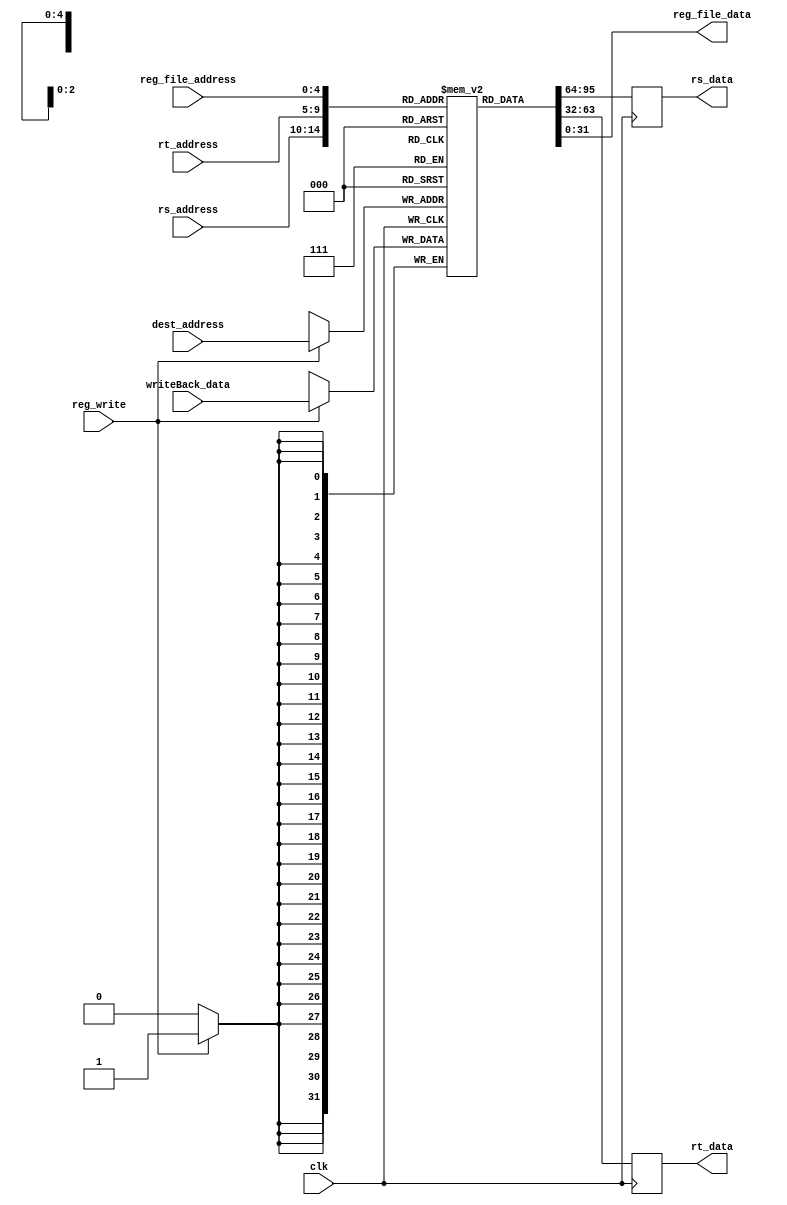
module regFile(rs_address,rt_address,dest_address,writeBack_data,reg_write,clk,rs_data,rt_data,reg_file_address,reg_file_data); // 6 i/p , 2 o/p

input [4:0] rs_address,rt_address,reg_file_address; //address '5 bits 
input [4:0] dest_address;
input[31:0] writeBack_data; // data to be saved '32 bits
input reg_write;
input clk;

output reg [31:0] rs_data,rt_data,reg_file_data; //output data from rs_address,rt_address '32 bits

reg [31:0] index[0:31]; // first is number of reg size , second is number of regs




always @(negedge clk)
begin
if(reg_write)
index[dest_address] <= writeBack_data;


rs_data <= index[rs_address];
rt_data <= index[rt_address];
end
integer i;
integer line=0;

always@(reg_file_address)
begin
reg_file_data<=index[reg_file_address];
end

initial
begin
for (i = 0 ; i < 32 ; i = i+1)

index[i] <= 0;
end
endmodule 
//////////////////////////////////////////////////////////////////////////////////////////////////////////////////////////reg_file end


module ForwardUnit(ID_EX_RS,ID_EX_RT,
                   EX_MEM_RD,MEM_WB_RD,
                   ForwardA,ForwardB,
                   MEM_RegWrite,
                   WB_RegWrite
                   );

input wire [4:0] ID_EX_RS,ID_EX_RT,EX_MEM_RD,MEM_WB_RD;
input wire MEM_RegWrite,WB_RegWrite;
output reg [1:0] ForwardA,ForwardB;

always @*
begin

if((MEM_RegWrite==1)&&
   (EX_MEM_RD!=0)&&
   (EX_MEM_RD == ID_EX_RS))
   ForwardA <= 10;

else
begin
ForwardA <= 0;
end

if((MEM_RegWrite == 1)&&
   (EX_MEM_RD != 0)&&
   (EX_MEM_RD == ID_EX_RT))
     ForwardB <= 10;

else
begin
ForwardB <= 0;
end

///////////////////////////////////////////////////////////////
 //MemForwardUnit

 if((WB_RegWrite == 1)&&
   (MEM_WB_RD != 0)&&
   (EX_MEM_RD!= ID_EX_RS)&&
   (MEM_WB_RD == ID_EX_RS))
 ForwardA <= 01;
else
begin
ForwardA <= 0;
end


 if((WB_RegWrite == 1)&&
   (MEM_WB_RD != 0)&&
   (EX_MEM_RD != ID_EX_RT)&&
   (MEM_WB_RD == ID_EX_RT))
 ForwardB <= 01;
else
begin
ForwardB <= 0;
end
end
endmodule
//////////////////////////////////////////////////////////////////forwading unit end


module testbench;

wire [31:0]pc_output,ALU_Result,Mem_out,Instr_32;

wire [31:0] reg_file_data;
reg [4:0] reg_file_address;

reg [31:0] read_address , write_address ;//address '32 bits 
reg [7:0] write_data;
reg We , clk;
wire [31:0] read_data;

reg [7:0] index[0:256];

always
#100 clk = ~ clk;


integer i,j,line;
integer file;
reg pc_enable=0;



initial
begin


clk=0;
We=1;
#5
We=0;
#900000
file=$fopen("show.txt");

for(line=16;line<24;line=line+1)

begin
#1
reg_file_address=line;
#5
$fdisplay(file,"%d",reg_file_data);

end



end
 processor MIPS(write_data,write_address,We,pc_output,ALU_Result,Mem_out,pc_enable,clk,reg_file_address,reg_file_data);//module processor(write_data,write_address,We,pc_output,ALU_Result,Mem_out,clk);
endmodule

/////////////////////////////////////////////////////////////////////////////////////////////////test_bench end


module dataMem(R1,D1,We,Re,clk,O1); // 5 i/p , 1 o/p

input [31:0] R1; //address '32 bits 
input[31:0] D1; // data to be saved '32 bits
input We,Re;
input clk;

output reg [31:0] O1; //output data from R1 '32 bits

reg [7:0] index[0:255]; // first is number of mem size , second is number of memvalues


always @*
begin

if(Re)
begin
O1 <= { index[R1] , index[R1+1], index[R1+2] ,index[R1+3] };
end


else if(We)
begin
index[R1]   <= D1[31:24];
index[R1+1] <= D1[23:16];
index[R1+2] <= D1[15:8];
index[R1+3] <= D1[7:0];
end

end

integer i;
initial
begin
for (i = 0 ; i < 256 ; i = i+1)
#5
index[i] = 0;
end


endmodule 

/////////////////////////////////////////////////////////////////////////////////////////////////data memory end



module processor(write_data,write_address,We,pc_output,ALU_Result,Mem_out,pc_enable,clk,reg_file_address,reg_file_data);


//i/ps o/ps 
input clk,We,pc_enable; 
input [31:0] write_address ;
input [7:0] write_data;



input [4:0] reg_file_address;//++++++++++++++
//Wire Declarations

//pc
wire [31:0] pc_input;        
output wire [31:0] pc_output,reg_file_data;//++++++++++++++++++++++++++++++++++++++++++++++++++++
wire [31:0] pc_plus_4;


//pipelined regs
wire [31:0] Instr_32,ID_Instr_32 ;
wire [5:0] opcode = ID_Instr_32[31:26];
wire [4:0] IP_ID_EX_RS = ID_Instr_32[25:21];
wire [4:0] IP_ID_EX_RT = ID_Instr_32[20:16] ;
wire [4:0] IP_ID_EX_RD = ID_Instr_32[15:11] ;
wire [4:0] ID_shamt = ID_Instr_32[10:6]; 
wire [5:0] funct=ID_Instr_32[5:0] ; 
wire [15:0] immediate_value = ID_Instr_32[15:0] ;
wire [25:0] jump_pseudo = ID_Instr_32[25:0];
wire [31:0] ID_pc;
wire [31:0] EX_pc;
wire [31:0] MEM_pc;
wire [31:0] WB_pc;
wire [31:0] EX_sign_extended;
wire [31:0] MEM_ALU_Result;
wire [31:0] MEM_branch_address;
wire [4:0] EX_shamt;
wire [3:0] ID_AluOp ,MEM_AluOp,WB_AluOp;  
wire [3:0] EX_ALU_Control;
wire [4:0] ID_EX_RS, ID_EX_RT, ID_EX_RD, EX_MEM_WB_address, MEM_WB_address; 
wire [31:0] ID_EX_Data1, ID_EX_Data2 , MEM_RTData, WB_ALU_Result , WB_Mem_out;
wire [31:0] forwardA_out , forwardB_out;

//forwarding 
wire [1:0] ForwardA;
wire [1:0] ForwardB;


//Control Unit
wire RegDest;
wire ALUSrc;
wire MemtoReg;
wire RegWrite; 
wire MemRead;
wire MemWrite;
wire jcond;
wire bcond;
wire [3:0] ALU_Control;



//Register
wire [31:0] read_data1;//rsData
wire [31:0] read_data2;//rtData
wire [4:0]  write_back_address;
wire [31:0] write_back_data;




//ALU
wire [31:0]sign_extended;
output wire [31:0] ALU_Result;///////*******************************************************
wire [31:0] ALU_2operand;
wire zeroflag;
wire overflow;


//MEM
output wire [31:0] Mem_out;//*******************************************
wire [31:0] next_address;
wire [31:0] branch_address;
wire [31:0] offset;


//jump
wire [1:0] two_zeros =  0;
wire [31:0]jump_address = { ID_pc [31:28] , jump_pseudo   , two_zeros };
wire  [31:0]actual_jump_address;
adder control_hazard (jump_address,20,actual_jump_address);



//IF -----------------------------------


pc pc1(clk,We,pc_enable,pc_input,pc_output); 
InstMem inst1(pc_output,write_address,write_data,We,clk, Instr_32);
adder adder1(pc_output,4, pc_plus_4);
mux_2x1_32 mux4(pc_plus_4,MEM_branch_address,takebranch,next_address);
mux_2x1_32 mux5(next_address,actual_jump_address,jcond,pc_input); 

IF_ID IF_ID1(.input_pc(pc_plus_4),.input_Inst(Instr_32),
             .output_pc(ID_pc),.output_Inst(ID_Instr_32),
             .clk(clk));


//ID --------------------------------------

control_unit cu1(opcode,funct,RegDest,ALUSrc,MemtoReg,RegWrite,MemRead,MemWrite,ALU_Control,jcond,bcond);
regFile Reg1(IP_ID_EX_RS,IP_ID_EX_RT ,MEM_WB_address,write_back_data,WB_RegWrite,clk,read_data1,read_data2,reg_file_address,reg_file_data);//++++++++
signext signex1(immediate_value,sign_extended);

ID_EX ID_EX1  (.clk(clk),
               .input_pc(ID_pc),.output_pc(EX_pc),
               .input_RSData(read_data1),.output_RSData(ID_EX_Data1),
               .input_RTData(read_data2),.output_RTData(ID_EX_Data2),
               .input_RSAddress(IP_ID_EX_RS),.output_RSAddress(ID_EX_RS),
               .input_RTAddress(IP_ID_EX_RT),.output_RTAddress(ID_EX_RT),
               .input_RDAddress(IP_ID_EX_RD),.output_RDAddress(ID_EX_RD),
               .input_SignExtended(sign_extended),.output_SignExtended(EX_sign_extended),
               .input_sh_amount(ID_shamt),.output_sh_amount(EX_shamt),
               .input_RegDst(RegDest),.output_RegDst(EX_RegDst),
               .input_Jump(jcond),.output_Jump(EX_Jump),
               .input_Branch(bcond),.output_Branch(EX_Branch),
               .input_MemRead(MemRead),.output_MemRead(EX_MemRead),
               .input_MemToReg(MemtoReg),.output_MemToReg(EX_MemToReg),
               .input_AluOp(ALU_Control),.output_AluOp(EX_ALU_Control),
               .input_MemWrite(MemWrite),.output_MemWrite(EX_MemWrite),
               .input_AluSrc(ALUSrc),.output_AluSrc(EX_AluSrc),
               .input_RegWrite(RegWrite),.output_RegWrite(EX_RegWrite)
	       );

//EXE


mux_3x1_32  rs_forward(ID_EX_Data1,write_back_data,MEM_ALU_Result,ForwardA,forwardA_out);
mux_3x1_32  second_operand_forward(ID_EX_Data2,write_back_data,MEM_ALU_Result,ForwardB,forwardB_out);
mux_2x1_32 mux2(forwardB_out,EX_sign_extended,EX_AluSrc,ALU_2operand);
ALU alu1(forwardA_out,ALU_2operand,EX_ALU_Control,EX_shamt,zeroflag,overflow,ALU_Result);
adder adder2 (offset,EX_pc, branch_address);
sh_by2 shift1(EX_sign_extended,offset);
mux_2x1_5 mux1(ID_EX_RT , ID_EX_RD ,EX_RegDst,write_back_address);



EX_MEM EX_MEM1(.clk(clk),
               .input_readData2(ID_EX_Data2),.output_readData2(MEM_RTData),
               .input_zeroflag(zeroflag),.output_zeroflag(MEM_zeroflag),
               .input_pc(EX_pc),.output_pc(MEM_pc),
               .input_RDAddress(write_back_address),.output_RDAddress(EX_MEM_WB_address),
               .input_RegDst(EX_RegDst),.output_RegDst(MEM_RegDst),
               .input_Jump(EX_Jump),.output_Jump(MEM_Jump),
               .input_Branch(EX_Branch),.output_Branch(MEM_Branch),
               .input_MemRead(EX_MemRead),.output_MemRead(MEM_MemRead),
               .input_MemToReg(EX_MemToReg),.output_MemToReg(MEM_MemToReg),
               .input_AluOp(EX_ALU_Control),.output_AluOp(MEM_AluOp),
               .input_MemWrite(EX_MemWrite),.output_MemWrite(MEM_MemWrite),
               .input_AluSrc(EX_AluSrc),.output_AluSrc(MEM_AluSrc),
               .input_RegWrite(EX_RegWrite),.output_RegWrite(MEM_RegWrite),
               .input_Alu_Result(ALU_Result),.output_Alu_Result(MEM_ALU_Result),
               .input_BranchAddress(branch_address),.output_BranchAddress(MEM_branch_address)
	       );



//MEM
dataMem datamem1(MEM_ALU_Result,MEM_RTData,MEM_MemWrite,MEM_MemRead,clk,Mem_out);
and and1(eq_branch,MEM_zeroflag,WB_Branch);
and and2(neq_branch,!MEM_zeroflag,WB_Branch);
or or1(takebranch,eq_branch,neq_branch);



MEM_WB MEM_WB1 (.clk(clk),
               .input_pc(WB_pc),.output_pc(WB_pc),
               .input_RDAddress(EX_MEM_WB_address),.output_RDAddress(MEM_WB_address),
               .input_RegDst(MEM_RegDst),.output_RegDst(WB_RegDst),
               .input_Jump(MEM_Jump),.output_Jump(WB_Jump),
               .input_Branch(MEM_Branch),.output_Branch(WB_Branch),
               .input_MemRead(MEM_MemRead),.output_MemRead(WB_MemRead),
               .input_MemToReg(MEM_MemToReg),.output_MemToReg(WB_MemToReg),
               .input_AluOp(MEM_AluOp),.output_AluOp(WB_AluOp),
               .input_MemWrite(MEM_MemWrite),.output_MemWrite(WB_MemWrite),
               .input_AluSrc(MEM_AluSrc),.output_AluSrc(WB_AluSrc),
               .input_RegWrite(MEM_RegWrite),.output_RegWrite(WB_RegWrite),
               .input_Alu_Result(MEM_ALU_Result),.output_Alu_Result(WB_ALU_Result),
               .input_MemOut(Mem_out),.output_MemOut(WB_Mem_out)
               );


//WB
mux_2x1_32 mux3(WB_ALU_Result,WB_Mem_out,WB_MemToReg,write_back_data);





ForwardUnit FU    (.ID_EX_RS(ID_EX_RS),.ID_EX_RT(ID_EX_RT),
                   .EX_MEM_RD(EX_MEM_WB_address),.MEM_WB_RD(MEM_WB_address),
                   .ForwardA(ForwardA),.ForwardB(ForwardB),
                   .MEM_RegWrite(MEM_RegWrite),
                   .WB_RegWrite(WB_RegWrite)
                   );
endmodule
// <</////////////////// Processor ///////////////////////////


module control_unit(opcode,funct,RegDest,ALUSrc,MemtoReg,RegWrite,MemRead,MemWrite,ALU_Control,jcond,bcond);
input [5:0] opcode;       //Instr[31:26]
input [5:0] funct;        //Defines operation when Instructyion in R type
output bcond;              //1 when opcode is BEQ and BNE
output jcond;             //1 when jump
output RegDest;           //Write Destination register location
                          //RegDest = 1 -> R-type - Instr[15:11]
                          //RegDest = 0 -> I-type - Instr[21:16]
output ALUSrc;      
output [3:0] ALU_Control; //Defines the ALU operation 
output MemtoReg;          //Steer ALU(0)/Load memory(1) output to GPR write port
output RegWrite;          //GPR wite Disabled(0)/Enabled(1)
output MemRead;           //Read from Data memory(LW/LB=1)
output MemWrite;          //Write to Data memory(SW/SB=1)

`define ADD  6'b100000
`define AND  6'b100100 
`define Rf   6'b000000
`define OR   6'b100101 
`define SLL  6'b000000
`define SLT  6'b101010
`define SRL  6'b000010
`define SUB  6'b100010
`define ADDI 6'b001000
`define ANDI 6'b001100
`define BEQ  6'b000100
`define BNE  6'b000101
`define LW   6'b100011
`define SW   6'b101011
`define SLTI 6'b001010 
`define ORI  6'b001101
`define J    6'b000010

reg [3:0] alu_ctrl;


assign RegDest   = (opcode==6'b0);
assign ALUSrc    = (opcode!=6'b0) && (opcode!=`BEQ) && (opcode!=`BNE);
assign MemtoReg  = (opcode==`LW);
assign RegWrite  = (opcode == `Rf) || (opcode == `LW) || (opcode == `ADDI) || (opcode == `ANDI) ||(opcode == `SLTI)|| (opcode == `ORI)  ;
assign MemRead   = (opcode==`LW);
assign MemWrite  = (opcode==`SW);
assign jcond = (opcode ==`J);
assign bcond = (opcode == `BEQ) || (opcode == `BNE); 



always@ (*) begin
  casex({opcode,funct})
     {`Rf ,`ADD},{`ADDI,6'dx},
     {`LW  ,6'dx},
     {`SW  ,6'dx} : alu_ctrl = 4'd2;
    {6'd0 ,`AND},{`ANDI,6'dx} : alu_ctrl = 4'd0;
    {6'd0 ,`OR} ,{`ORI ,6'dx} : alu_ctrl = 4'd1;
    {6'd0 ,`SLL}              : alu_ctrl = 4'd3;
    {6'd0 ,`SLT},{`SLTI,6'dx} : alu_ctrl = 4'd7;
    {6'd0 ,`SRL}              : alu_ctrl = 4'd5;
    {6'd0 ,`SUB},{`BEQ ,6'dx}
     ,{`BNE ,6'dx}            : alu_ctrl = 4'd6;
    default                   : alu_ctrl = 4'd15;
  endcase
end

assign ALU_Control = alu_ctrl;

endmodule

///////////////////////////////////////////////////////////////////////////control unit end



module pc(clk,We,pc_enable,in_address,out_address);

input clk,We,pc_enable;
input[31:0]in_address;

output reg[31:0]out_address;

reg first_clock=1;

always @(negedge clk)
begin
if(first_clock)
begin
out_address <=0;
first_clock<=0;
end
else
out_address<= in_address;

end

always @(negedge We)
begin
out_address <=0;


end

endmodule


//////////////////////////////////////////////////////////////////////////////////////////////pc counter end



module InstMem(read_address,write_address,write_data,We,clk,read_data); // 5 i/p , 1 o/p
input [31:0] read_address , write_address ;//address '32 bits 

input [7:0] write_data;

input clk,We;
output reg [31:0] read_data; //output data from R1'32 bits
reg [7:0] index[0:255]; // first is number of mem size , second is number of memvalues

initial 
begin
$readmemb("output.txt" , index);
end


always @(posedge clk)
begin

//#1 ///4eeeel el delay daaaaaaaaaaaaaaaaaaa
read_data <= { index[read_address[7:0]],index[read_address[7:0]+1],index[read_address[7:0]+2],index[read_address[7:0]+3]};
$display("blaaaaaaaaaaaaaaa");

end
endmodule
////////////////////////////////////////////////////////////////////////intsruction mem end



module sh_by2(in,out);
input signed [31:0]in;
output reg[31:0]out;

always @*
begin
if(in>0)
out <= (in<<2)+16;
else
 out <= (in<<2)-4;
end
endmodule

// >>//////////////////// sign extend ////////////////////////
module signext(ip, op);

input [15:0] ip;
output [31:0] op;
reg [31:0] ext;

always @(*) begin
 ext [15:0]  = ip;
 ext [31:16] = {16{ip[15]}};
end

assign op = ext;
endmodule
// >>//////////////////// sign extend ////////////////////////



// >>//////////////////// adder //////////////////////////////
module adder (ip1, ip2, out);

//input clk, rst;
input [31:0] ip1, ip2;
output [31:0] out;

reg [31:0] add;

always @(ip1 or ip2) begin
 add <= ip1 + ip2;
end
assign out = add;

endmodule

// >>//////////////////// adder //////////////////////////////end



module mux_2x1_5(ip0, ip1, sel, out);
input sel;
input [4:0] ip1;
input [4:0] ip0;
output reg [4:0] out;

always@(*) begin
  if (sel==1'b1) begin
   out <= ip1;
  end 
  else begin 
   out <= ip0;
  end
end

endmodule


/////////////////////////////////////////////////////////////////
module mux_2x1_32(ip0, ip1, sel, out);
input sel;
input [31:0] ip1;
input [31:0] ip0;
output reg [31:0] out;

always@(*) begin
  if (sel==1'b1) begin
   out <= ip1;
  end 
  else begin 
   out <= ip0;
  end
end

endmodule



module mux_3x1_32(ip0,ip1,ip2,sel,out);

input [1:0]  sel;
input [31:0] ip1;
input [31:0] ip0;
input [31:0] ip2;
output reg [31:0] out;

always@(*) 
begin
	if(sel==2'b0)
	 out <= ip0;
  else if (sel==2'b1) begin
   out <= ip1;
  end 
  else if (sel==2'b10)begin 
   out <= ip2;
  end
end

endmodule 


//////////////////////////////////////////////////////////////////mux end

module ALU (data1,data2,control_signals,sh_am,zero,overflow,result);
	input [31:0]data1,data2;
        input [4:0] sh_am;
	input [3:0] control_signals; 
	output reg zero,overflow;
	output reg [31:0] result;

	wire [31:0] data2_negated;
	assign data2_negated = -data2;
	

	always@ (*)
	begin
//applying control signals

			result <= 
				 (control_signals == 4'b 0000) ? (data1 & data2) 
				:(control_signals == 4'b 0001) ? (data1 | data2)
				:(control_signals == 4'b 0010) ? (data1 + data2)
				:(control_signals == 4'b 0110) ? (data1 - data2)
				:(control_signals == 4'b 0111) ? ((data1 < data2)? 32'b0001 : 32'b0000)
                                :(control_signals == 4'b 0011) ?  (data1 << sh_am)
                                :(control_signals == 4'b 0101) ?  (data2 >> sh_am)
				:(control_signals == 4'b 1100) ? ~(data1 | data2)				
				: 32'bxxxx ;
		

	end
 
	always@ (result)
	begin
//setting zero flag
		if(result==0)
			zero<=1;
		
		else
			zero<=0;

//overflow

			 overflow <=
			 (control_signals == 4'b0010 && data1[31] == data2[31] && result[31] ==~data1[31])? 1'b1 //+ 
			:(control_signals == 4'b0110 && data1[31] == data2_negated[31] &&result[31] == ~data1[31])? 1'b1  //-
			: 1'b0;  
		
	end
  
endmodule

////////////////////////////////////////////////////////////////////////////////////////////////////////////////alu end

module IF_ID(clk,
             input_pc,output_pc,
             input_Inst,output_Inst
             );
input wire [31:0] input_pc,input_Inst;
input clk;
output reg [31:0] output_pc,output_Inst;
always @(posedge clk)
begin
output_pc <= input_pc;
output_Inst <= input_Inst;
end  
endmodule

module  ID_EX (clk,
               input_pc,output_pc,
               input_RSData,output_RSData,
               input_RTData,output_RTData,
               input_RSAddress,output_RSAddress,
               input_RTAddress,output_RTAddress,
               input_RDAddress,output_RDAddress,
               input_SignExtended,output_SignExtended,
	       input_sh_amount,output_sh_amount,
               input_RegDst,output_RegDst,
               input_Jump,output_Jump,
               input_Branch,output_Branch,
               input_MemRead,output_MemRead,
               input_MemToReg,output_MemToReg,
               input_AluOp,output_AluOp,
               input_MemWrite,output_MemWrite,
               input_AluSrc,output_AluSrc,
               input_RegWrite,output_RegWrite
	       );
input clk;
input wire [31:0] input_pc,input_RSData,input_RTData,input_SignExtended;
output reg [31:0] output_pc,output_RSData,output_RTData,output_SignExtended;

input wire [4:0] input_RDAddress,input_RTAddress,input_RSAddress,input_sh_amount;
output reg [4:0] output_RDAddress,output_RTAddress,output_RSAddress,output_sh_amount;

input wire [3:0] input_AluOp;
output reg [3:0] output_AluOp;

input wire input_RegDst,input_Jump,input_Branch,input_MemRead,input_MemToReg
          ,input_MemWrite,input_AluSrc,input_RegWrite;

output reg output_RegDst,output_Jump,output_Branch,output_MemRead,output_MemToReg,
            output_MemWrite,output_AluSrc,output_RegWrite;
always @(posedge clk)
begin
output_pc <= input_pc;
output_RSData <= input_RSData;
output_RTData <= input_RTData;
output_RSAddress<=input_RSAddress;
output_RTAddress<=input_RTAddress;
output_RDAddress <= input_RDAddress;
#1
output_SignExtended <= input_SignExtended;
output_sh_amount<=input_sh_amount;
output_RegDst<=input_RegDst;
output_Jump<=input_Jump;
output_Branch<=input_Branch;
output_MemRead<=input_MemRead;
output_MemToReg<=input_MemToReg;
output_MemWrite<=input_MemWrite;
output_AluSrc<=input_AluSrc;
output_RegWrite<=input_RegWrite;
output_AluOp<=input_AluOp;
end  
endmodule


module  EX_MEM (clk,
               input_zeroflag,output_zeroflag,
	       input_readData2,output_readData2,
               input_pc,output_pc,
               input_RDAddress,output_RDAddress,
               input_RegDst,output_RegDst,
               input_Jump,output_Jump,
               input_Branch,output_Branch,
               input_MemRead,output_MemRead,
               input_MemToReg,output_MemToReg,
               input_AluOp,output_AluOp,
               input_MemWrite,output_MemWrite,
               input_AluSrc,output_AluSrc,
               input_RegWrite,output_RegWrite,
               input_Alu_Result,output_Alu_Result,
               input_BranchAddress,output_BranchAddress
	       );
input clk;

input input_zeroflag;
output reg output_zeroflag;

input [31:0] input_readData2;
output reg [31:0] output_readData2;

input wire [31:0] input_pc,input_Alu_Result,input_BranchAddress;
output reg [31:0] output_pc,output_Alu_Result,output_BranchAddress;

input wire [4:0] input_RDAddress;
output reg [4:0] output_RDAddress;

input wire [3:0] input_AluOp;
output reg [3:0] output_AluOp;

input wire input_RegDst,input_Jump,input_Branch,input_MemRead,input_MemToReg
          ,input_MemWrite,input_AluSrc,input_RegWrite;
output reg output_RegDst,output_Jump,output_Branch,output_MemRead,output_MemToReg,
            output_MemWrite,output_AluSrc,output_RegWrite;
always @(posedge clk)
begin
output_pc <= input_pc;
output_RDAddress<=input_RDAddress;
output_RegDst<=input_RegDst;
output_Jump<=input_Jump;
output_Branch<=input_Branch;
output_MemRead<=input_MemRead;
output_MemToReg<=input_MemToReg;
output_MemWrite<=input_MemWrite;
output_AluSrc<=input_AluSrc;
output_RegWrite<=input_RegWrite;
output_AluOp<=input_AluOp;
output_Alu_Result <= input_Alu_Result;
output_BranchAddress<=input_BranchAddress;
output_zeroflag  <= input_zeroflag;
output_readData2 <= input_readData2;
end  
endmodule

module MEM_WB (clk,
	       input_pc,output_pc,
               input_RDAddress,output_RDAddress,
               input_RegDst,output_RegDst,
               input_Jump,output_Jump,
               input_Branch,output_Branch,
               input_MemRead,output_MemRead,
               input_MemToReg,output_MemToReg,
               input_AluOp,output_AluOp,
               input_MemWrite,output_MemWrite,
               input_AluSrc,output_AluSrc,
               input_RegWrite,output_RegWrite,
               input_Alu_Result,output_Alu_Result,
               input_MemOut,output_MemOut
               );
input clk;
input [31:0] input_pc;
output reg[31:0] output_pc;
input wire [31:0] input_Alu_Result, input_MemOut;
output reg [31:0] output_Alu_Result,output_MemOut;

input wire [4:0] input_RDAddress;
output reg [4:0] output_RDAddress;

input wire [3:0] input_AluOp;
output reg [3:0] output_AluOp;

input wire input_RegDst,input_Jump,input_Branch,input_MemRead,input_MemToReg
          ,input_MemWrite,input_AluSrc,input_RegWrite;
output reg output_RegDst,output_Jump,output_Branch,output_MemRead,output_MemToReg,
            output_MemWrite,output_AluSrc,output_RegWrite;


always @(posedge clk)
begin
output_pc <=  input_pc;
output_RDAddress <= input_RDAddress;
output_RegDst<=input_RegDst;
output_Jump<=input_Jump;
output_Branch<=input_Branch;
output_MemRead<=input_MemRead;
output_MemToReg<=input_MemToReg;
output_MemWrite<=input_MemWrite;
output_AluSrc<=input_AluSrc;
output_RegWrite<=input_RegWrite;
output_AluOp<=input_AluOp;
output_Alu_Result <= input_Alu_Result;
output_MemOut<=input_MemOut;
end  
endmodule